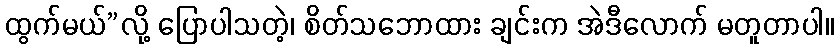
ထွက်မယ်”လို့ ပြောပါသတဲ့၊ စိတ်သဘောထား ချင်းက အဲဒီလောက် မတူတာပါ။